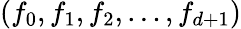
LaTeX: (f_{0},f_{1},f_{2},\ldots,f_{d+1})